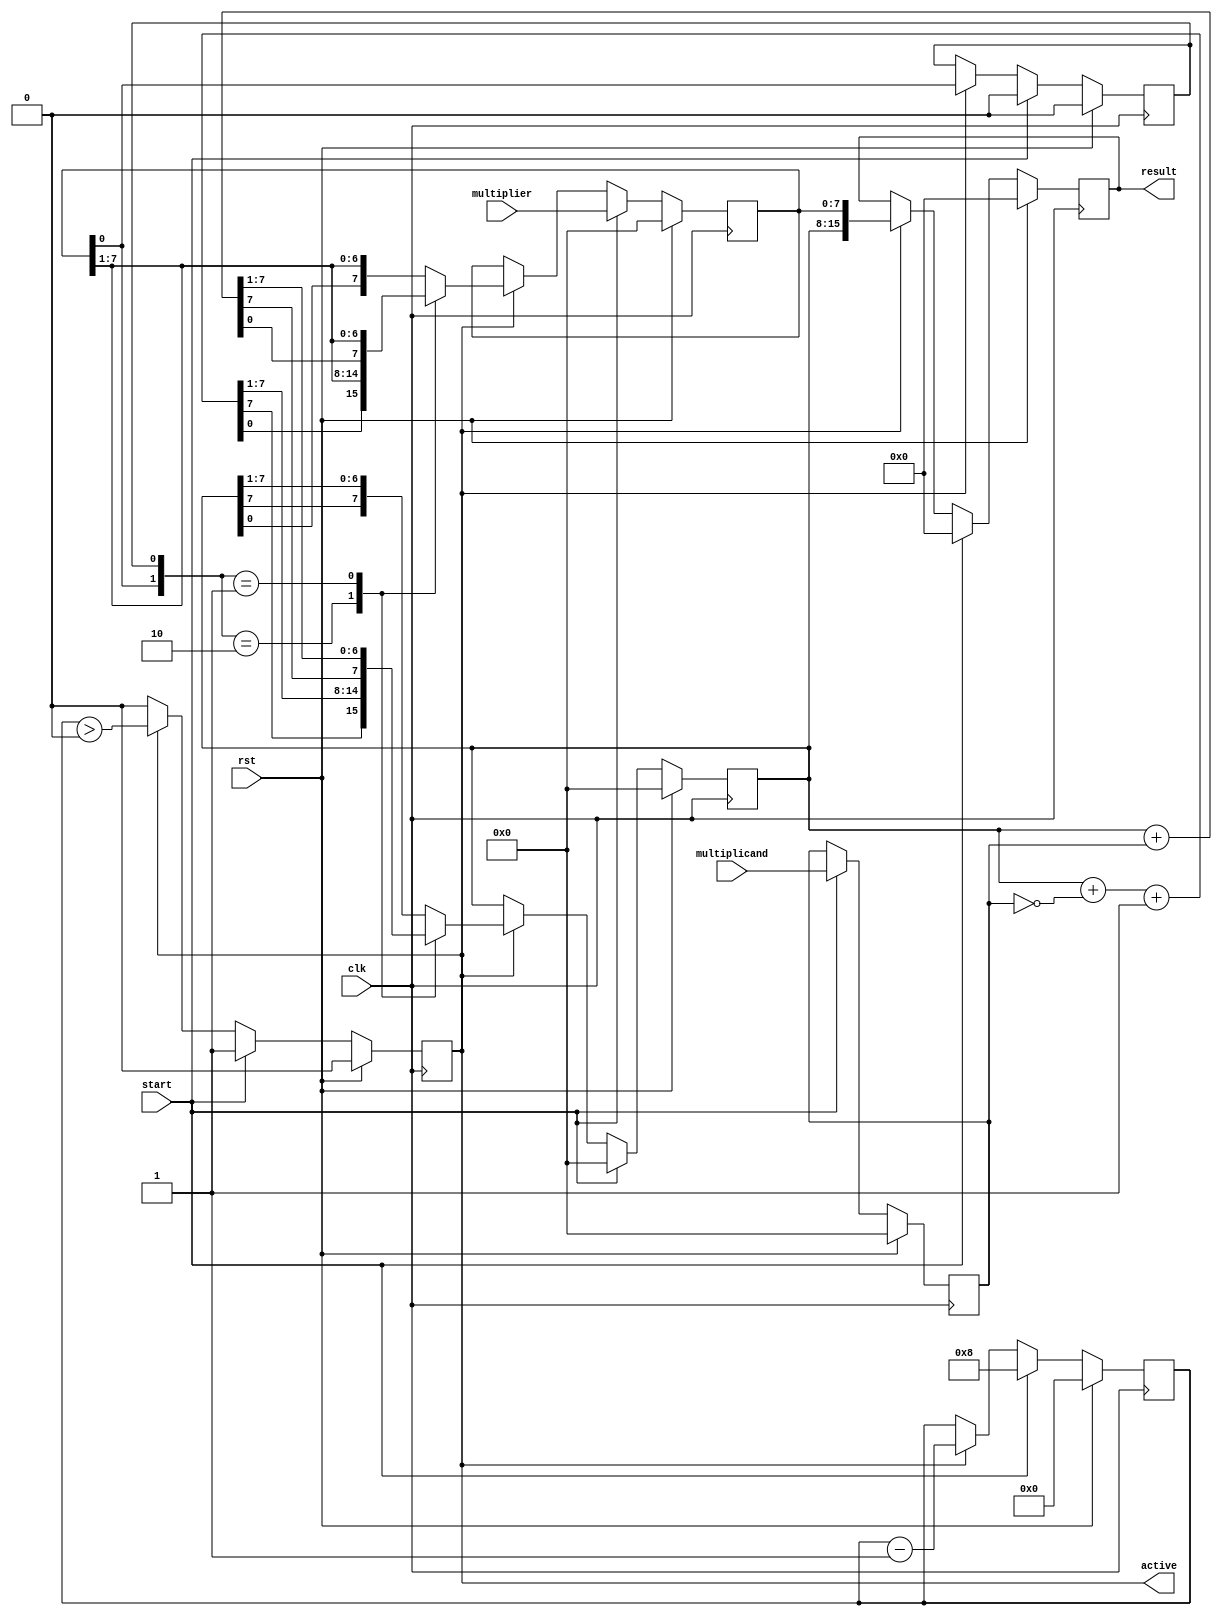
`timescale 1ns / 1ps
//////////////////////////////////////////////////////////////////////////////////
// Group:21
// Members:  Debanjan Saha [19CS30014], Pritkumar Godhani [19CS10048] 
//  
// Module Name: Booth Multiplier 
// Project Name: Assignment-6 Question 3
//
//////////////////////////////////////////////////////////////////////////////////
module BoothMultiplier (
    result, 
    multiplicand, 
    multiplier, 
    clk, 
    rst, 
    start, 
    active
);

    input [7:0] multiplicand, multiplier;
    output reg [15:0] result;
    input clk, rst;
     
    // Control Singal to decide whether to initialize the bits of A, Q, M
    input start;

    // Control Singal to decide whether module is active and computing product or not.
    output reg active;

    // Following the Standard Booth Algorithm Convention
    // A => Will contain Leftmost 8 bits of the final product to be generated.
    // Q => Will contain Rightmost 8 bits of the final product to be generated.
    // M => Will hold the multiplicand to add or subtract between the generation of product
    reg [7:0] A,Q,M;
    
    // Q_prev => LSB of Q stored before right shifting Q. Used for decision steps in Booth Algo. 
    reg Q_prev;

    // count of how many bits read so far.
    reg [3:0] count;

    // what is the state QQ_prev ==> '10' or '01' or '00' or '11'
    reg [1:0] state;

    // Temporary for calculating A + M or A - M 
    reg [7:0] temp;

    always @(posedge clk) begin
        if(rst) begin
            active <= 1'b0;
            result <= 16'b0; 
            count <= 4'b0;
            A <= 8'b0;
            Q <= 8'b0;
            Q_prev <= 1'b0;
            M <= 8'b0;
        end

        else if(start) begin
            active <= 1'b1;
            result <= 16'b0; 
            count <= 4'b1000;
            A <= 8'b0;
            Q <= multiplier;
            Q_prev <= 1'b0;
            M <= multiplicand;
        end
		  
		  else if(active) begin
            state = {Q[0],Q_prev}; 
            case (state)

                2'b10: begin
                    // QQ_prev =  10
                    temp = A + (~M) + 1'b1;   // A - M is equivalent to adding 2's compliment of M
                    // Arithmetic Right Shift of the concatenated bits tempQQ_prev
						  {A, Q, Q_prev} <= {temp[7], temp, Q};
                end

                2'b01:begin
                    // QQ_prev =  01
                    temp = A + M;  
						  // Arithmetic Right Shift of the concatenated bits tempQQ_prev
                    {A, Q, Q_prev} <= {temp[7], temp, Q};
                end
                   
                default: begin
                    // QQ_prev =  11 or 00 
						  
						  // Arithmetic Right Shift of the concatenated bits AQQ_prev
                    {A, Q, Q_prev} <= {A[7], A, Q};   
                end
            endcase

            result <= {A,Q};
            active <= (count > 4'b0);
            count <= (count - 4'b1); 
        end
        
    end
    
endmodule